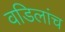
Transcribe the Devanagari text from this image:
वडिलांच